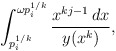
\begin{align*}\int_{p_i^{1/k}}^{\omega p_i^{1/k}}\frac{x^{kj-1}\,dx}{y(x^k)},\end{align*}